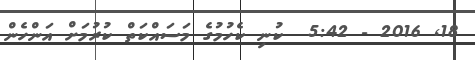
18